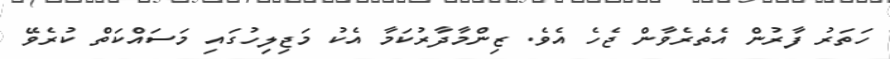
ހަތަރު ފާރުން އެތެރެވާން ޖެހެ އެވެ. ޒިންމާދާރުކަމާ އެކު މަޖިލިހުގައި މަސައްކަތް ކުރެވޭ